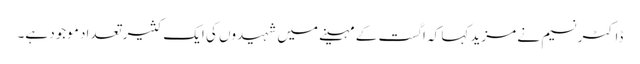
ڈاکٹر نسیم نے مزید کہا کہ اگست کے مہینے میں شہیدوں کی ایک کثیر تعداد موجود ہے۔